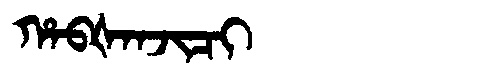
Manchu: ᡥᠠᠪᡧᠠᠨᠵᡳᠴᡳ
Romanization: HABŠANJICI